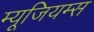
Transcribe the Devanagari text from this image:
म्यूजियम्स